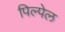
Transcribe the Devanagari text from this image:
पिल्पेल